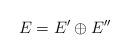
LaTeX: \begin{align*} E=E'\oplus E'' \end{align*}